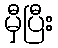
မှီပြီး